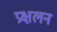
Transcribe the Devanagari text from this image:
प्रक्षलन